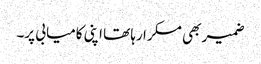
ضمیر بھی مسکرا رہا تھا اپنی کامیابی پر۔